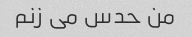
من حدس می زنم